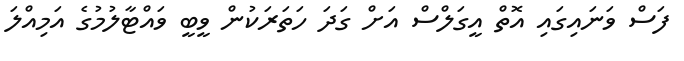
ފަސް ވަނައިގައި އޮތް އީގަލްސް އަށް ގަދަ ހަތަރަކުން ވީބީ ވައްޓާލުމުގެ އަމިއްލަ